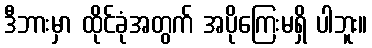
ဒီဘားမှာ ထိုင်ခုံအတွက် အပိုကြေးမရှိ ပါဘူး။